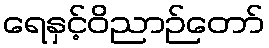
ရေနှင့်ဝိညာဉ်တော်